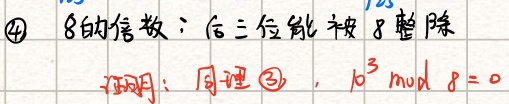
\textcircled{4} \(8\)的倍数：后三位能被\(8\)整除
证明：同理\textcircled{3}，\(10^{3} \bmod 8 = 0\)